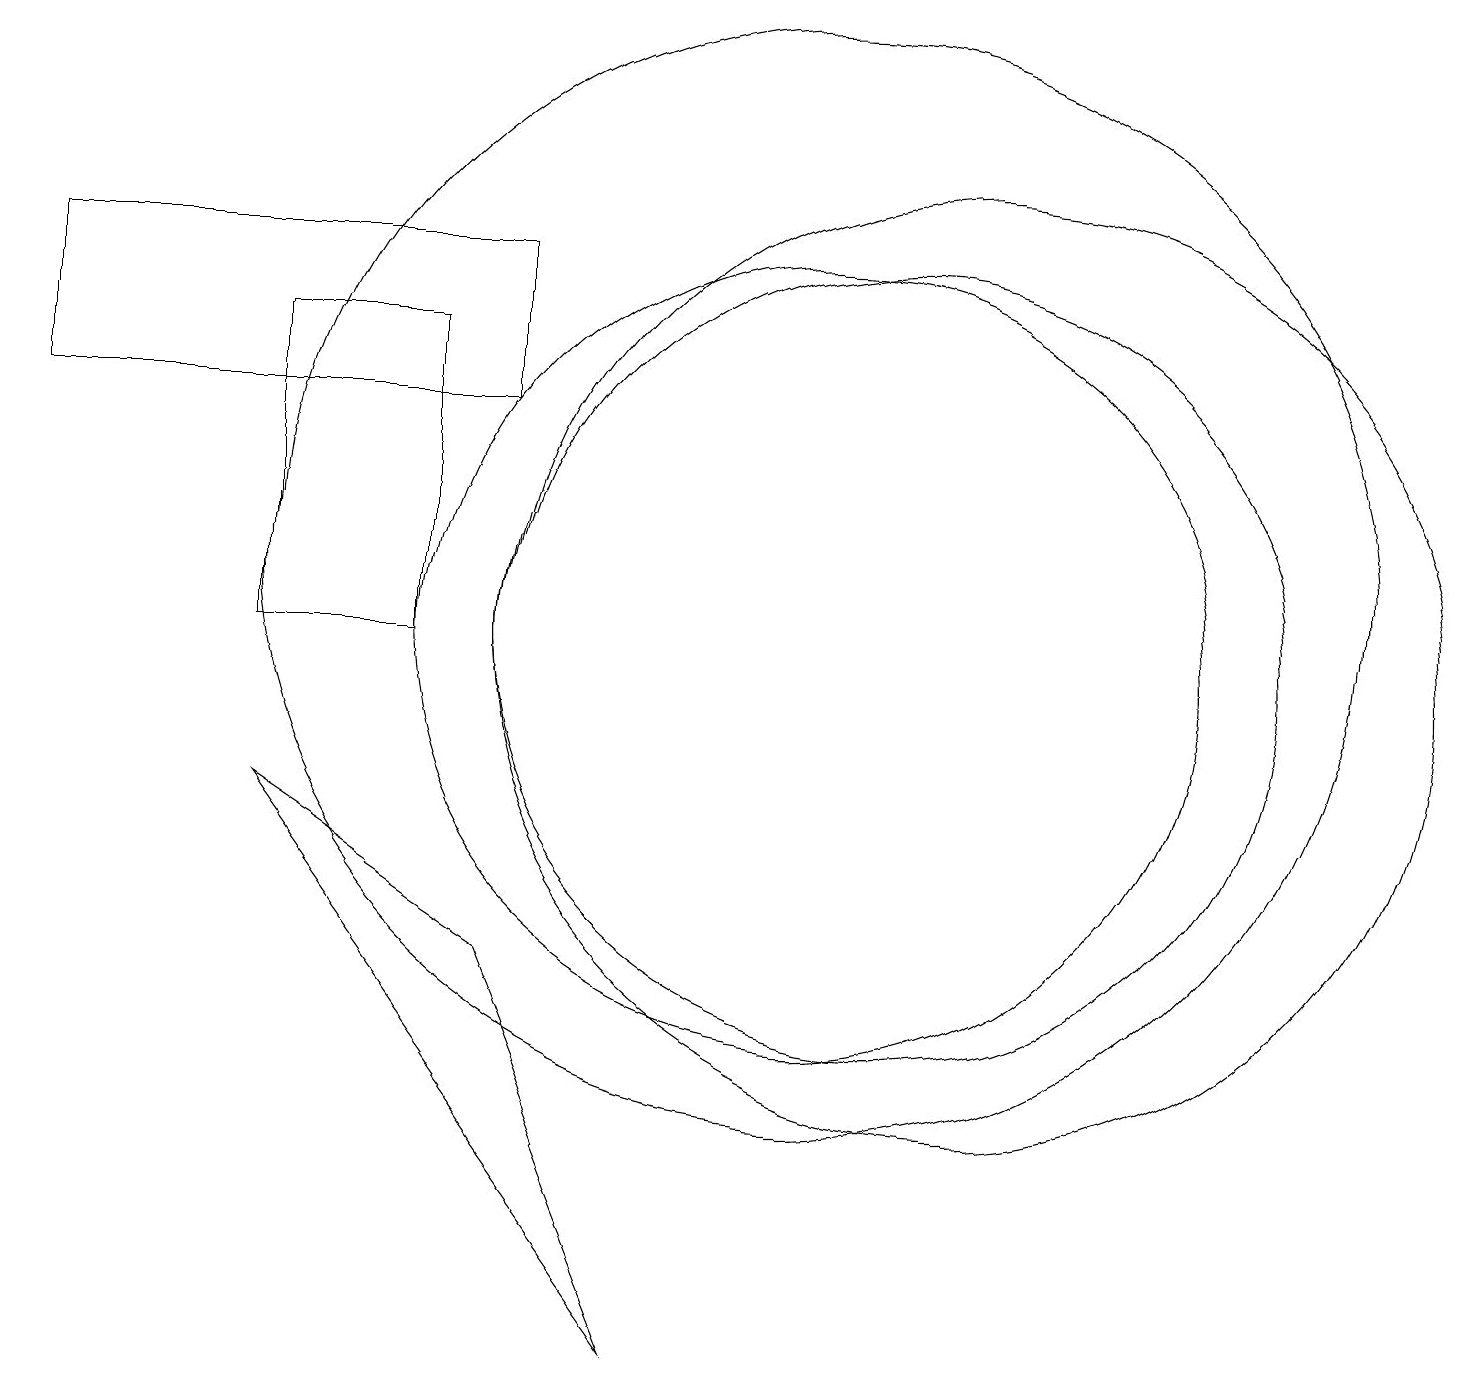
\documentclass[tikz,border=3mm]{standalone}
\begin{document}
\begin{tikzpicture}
\draw (3,14) rectangle (5,10);
\draw (10,10) circle (5);
\draw (10,11) circle (7);
\draw (12,10) circle (6);
\draw (6,6) -- (8,1) -- (3,8) -- cycle;
\draw (6,15) rectangle (0,13);
\draw (11,10) circle (5);
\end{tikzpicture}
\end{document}